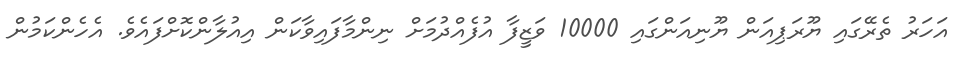
އަހަރު ތެރޭގައި ޔޫރަޕިއަން ޔޫނިއަންގައި 10000 ވަޒީފާ އުފެއްދުމަށް ނިންމާފައިވާކަން އިއުލާންކޮށްފައެވެ. އެހެންކަމުން